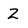
Character: Z